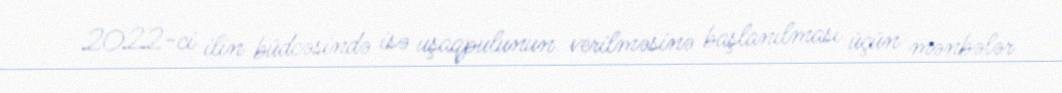
2022-ci ilin büdcəsində isə uşaqpulunun verilməsinə başlanılması üçün mənbələr